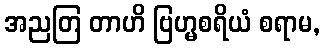
အညတြ တာဟိ ဗြဟ္မစရိယံ စရာမ,